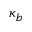
\kappa _ { b }